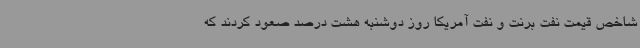
شاخص قیمت نفت برنت و نفت آمریکا روز دوشنبه هشت درصد صعود کردند که